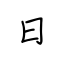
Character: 日